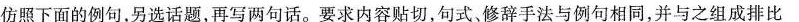
仿照下面的例句，另选话题，再写两句话。要求内容贴切，句式，修辞手法与例句相同，并与之组成排比